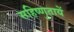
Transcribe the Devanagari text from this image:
सहिष्णुतायें